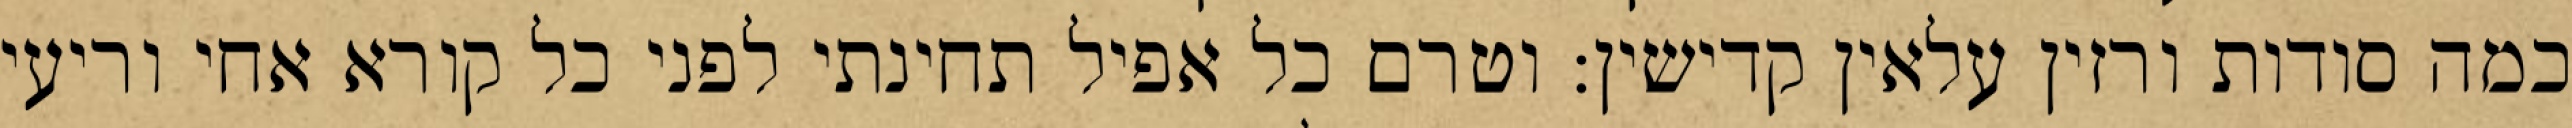
כמה סודות ורזין עלאין קדישין: וטרם כל אפיל תחינתי לפני כל קורא אחי וריעי